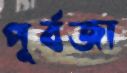
পূর্বজা